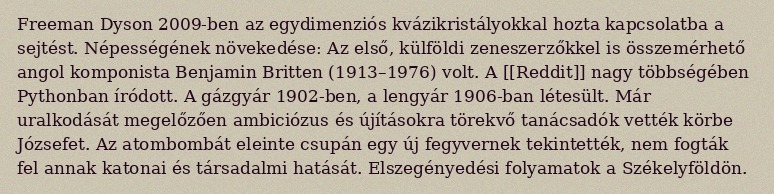
Freeman Dyson 2009-ben az egydimenziós kvázikristályokkal hozta kapcsolatba a sejtést. Népességének növekedése: Az első, külföldi zeneszerzőkkel is összemérhető angol komponista Benjamin Britten (1913–1976) volt. A [[Reddit]] nagy többségében Pythonban íródott. A gázgyár 1902-ben, a lengyár 1906-ban létesült. Már uralkodását megelőzően ambiciózus és újításokra törekvő tanácsadók vették körbe Józsefet. Az atombombát eleinte csupán egy új fegyvernek tekintették, nem fogták fel annak katonai és társadalmi hatását. Elszegényedési folyamatok a Székelyföldön.